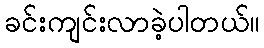
ခင်းကျင်းလာခဲ့ပါတယ်။